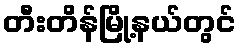
တီးတိန်မြို့နယ်တွင်